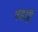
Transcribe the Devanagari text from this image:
षडाङ्ग